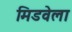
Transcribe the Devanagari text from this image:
मिडवेला